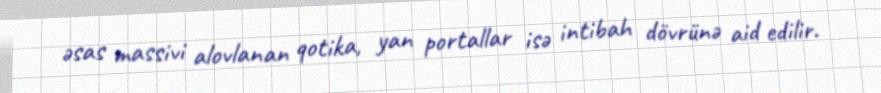
əsas massivi alovlanan qotika, yan portallar isə intibah dövrünə aid edilir.